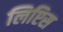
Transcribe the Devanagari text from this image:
लिप्टिस